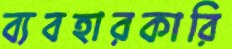
ব্যবহারকারি